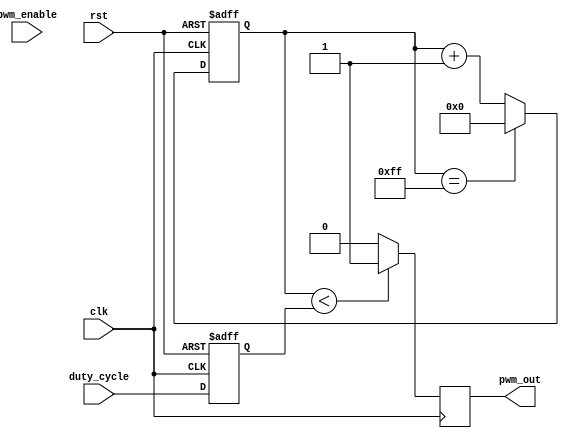
module pwm_timer (
    input wire clk,
    input wire rst,
    input wire pwm_enable,
    input wire [7:0] duty_cycle,
    output reg pwm_out
);

reg [7:0] counter;
reg [7:0] compare_val;

always @ (posedge clk or posedge rst) begin
    if (rst) begin
        counter <= 8'b00000000;
    end else begin
        if (counter == 8'd255) begin
            counter <= 8'b00000000;
        end else begin
            counter <= counter + 1;
        end
    end
end

always @ (posedge clk or posedge rst) begin
    if (rst) begin
        compare_val <= 8'b00000000;
    end else begin
        compare_val <= duty_cycle;
    end
end

always @ (posedge clk) begin
    if (counter < compare_val) begin
        pwm_out <= 1'b1;
    end else begin
        pwm_out <= 1'b0;
    end
end

endmodule